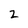
Character: 2